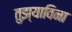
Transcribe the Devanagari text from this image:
तुझ्याविना